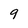
Character: 9